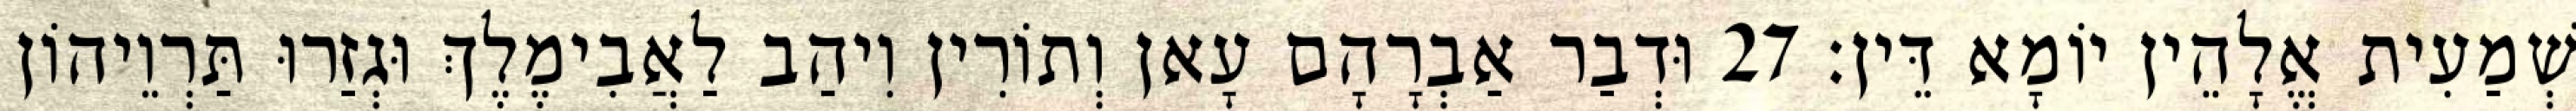
שְׁמַעִית אֱלָהֵין יוֹמָא דֵּין׃ 27 וּדְבַר אַבְרָהָם עָאן וְתוֹרִין וִיהַב לַאֲבִימֶלֶךְ וּגְזַרוּ תַּרְוֵיהוֹן